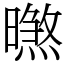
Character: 㬠